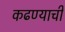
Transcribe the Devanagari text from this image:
कढण्याची